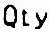
QTY